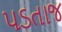
પડતાજ